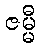
ဇမ္မီ